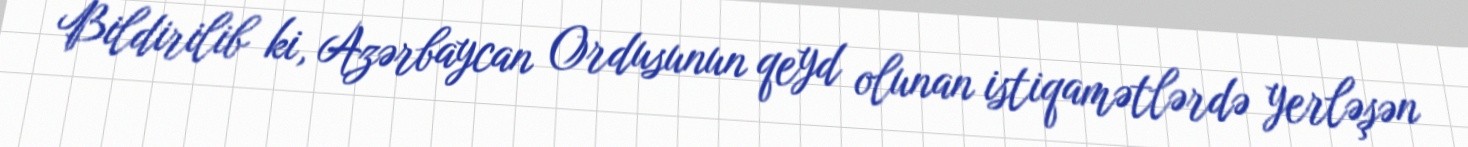
Bildirilib ki, Azərbaycan Ordusunun qeyd olunan istiqamətlərdə yerləşən